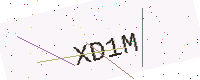
Text: XD1M